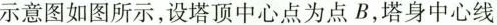
尔意图如图所示，设塔顶中心点为点B,塔身中心线